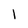
Character: 1